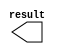
// megafunction wizard: %LPM_CONSTANT%VBB%
// GENERATION: STANDARD
// VERSION: WM1.0
// MODULE: LPM_CONSTANT 

// ============================================================
// Megafunction Name(s):
// 			LPM_CONSTANT
//
// Simulation Library Files(s):
// 			lpm
// ============================================================
// ************************************************************
// THIS IS A WIZARD-GENERATED FILE. DO NOT EDIT THIS FILE!
//
// 13.0.1 Build 232 06/12/2013 SP 1 SJ Web Edition
// ************************************************************

//Copyright (C) 1991-2013 Altera Corporation
//Your use of Altera Corporation's design tools, logic functions 
//and other software and tools, and its AMPP partner logic 
//functions, and any output files from any of the foregoing 
//(including device programming or simulation files), and any 
//associated documentation or information are expressly subject 
//to the terms and conditions of the Altera Program License 
//Subscription Agreement, Altera MegaCore Function License 
//Agreement, or other applicable license agreement, including, 
//without limitation, that your use is for the sole purpose of 
//programming logic devices manufactured by Altera and sold by 
//Altera or its authorized distributors.  Please refer to the 
//applicable agreement for further details.

module lpm_constantzero (
	result);

	output	[15:0]  result;

endmodule

// ============================================================
// CNX file retrieval info
// ============================================================
// Retrieval info: PRIVATE: INTENDED_DEVICE_FAMILY STRING "Cyclone II"
// Retrieval info: PRIVATE: JTAG_ENABLED NUMERIC "0"
// Retrieval info: PRIVATE: JTAG_ID STRING "NONE"
// Retrieval info: PRIVATE: Radix NUMERIC "10"
// Retrieval info: PRIVATE: SYNTH_WRAPPER_GEN_POSTFIX STRING "0"
// Retrieval info: PRIVATE: Value NUMERIC "0"
// Retrieval info: PRIVATE: nBit NUMERIC "16"
// Retrieval info: PRIVATE: new_diagram STRING "1"
// Retrieval info: LIBRARY: lpm lpm.lpm_components.all
// Retrieval info: CONSTANT: LPM_CVALUE NUMERIC "0"
// Retrieval info: CONSTANT: LPM_HINT STRING "ENABLE_RUNTIME_MOD=NO"
// Retrieval info: CONSTANT: LPM_TYPE STRING "LPM_CONSTANT"
// Retrieval info: CONSTANT: LPM_WIDTH NUMERIC "16"
// Retrieval info: USED_PORT: result 0 0 16 0 OUTPUT NODEFVAL "result[15..0]"
// Retrieval info: CONNECT: result 0 0 16 0 @result 0 0 16 0
// Retrieval info: GEN_FILE: TYPE_NORMAL lpm_constantzero.v TRUE
// Retrieval info: GEN_FILE: TYPE_NORMAL lpm_constantzero.inc FALSE
// Retrieval info: GEN_FILE: TYPE_NORMAL lpm_constantzero.cmp FALSE
// Retrieval info: GEN_FILE: TYPE_NORMAL lpm_constantzero.bsf TRUE FALSE
// Retrieval info: GEN_FILE: TYPE_NORMAL lpm_constantzero_inst.v FALSE
// Retrieval info: GEN_FILE: TYPE_NORMAL lpm_constantzero_bb.v TRUE
// Retrieval info: LIB_FILE: lpm